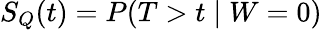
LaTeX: S_{Q}(t)=P(T>t\mid W=0)